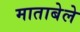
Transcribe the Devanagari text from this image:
माताबेले